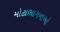
મોટાભાગનાઓ